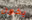
يكون